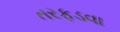
તરફડવા